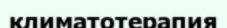
климатотерапия